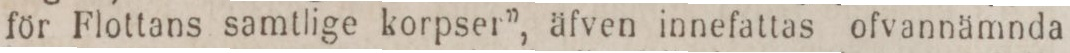
för Flottans samtlige korpser”, äfven innefattas ofvannämnda